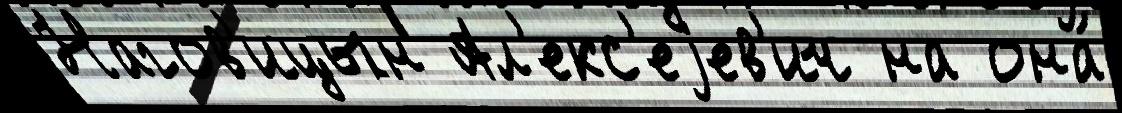
Нагов'ицын Ал'екс'еjев'ич на она́